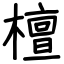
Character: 檀